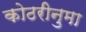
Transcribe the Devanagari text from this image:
कोठरीनुमा